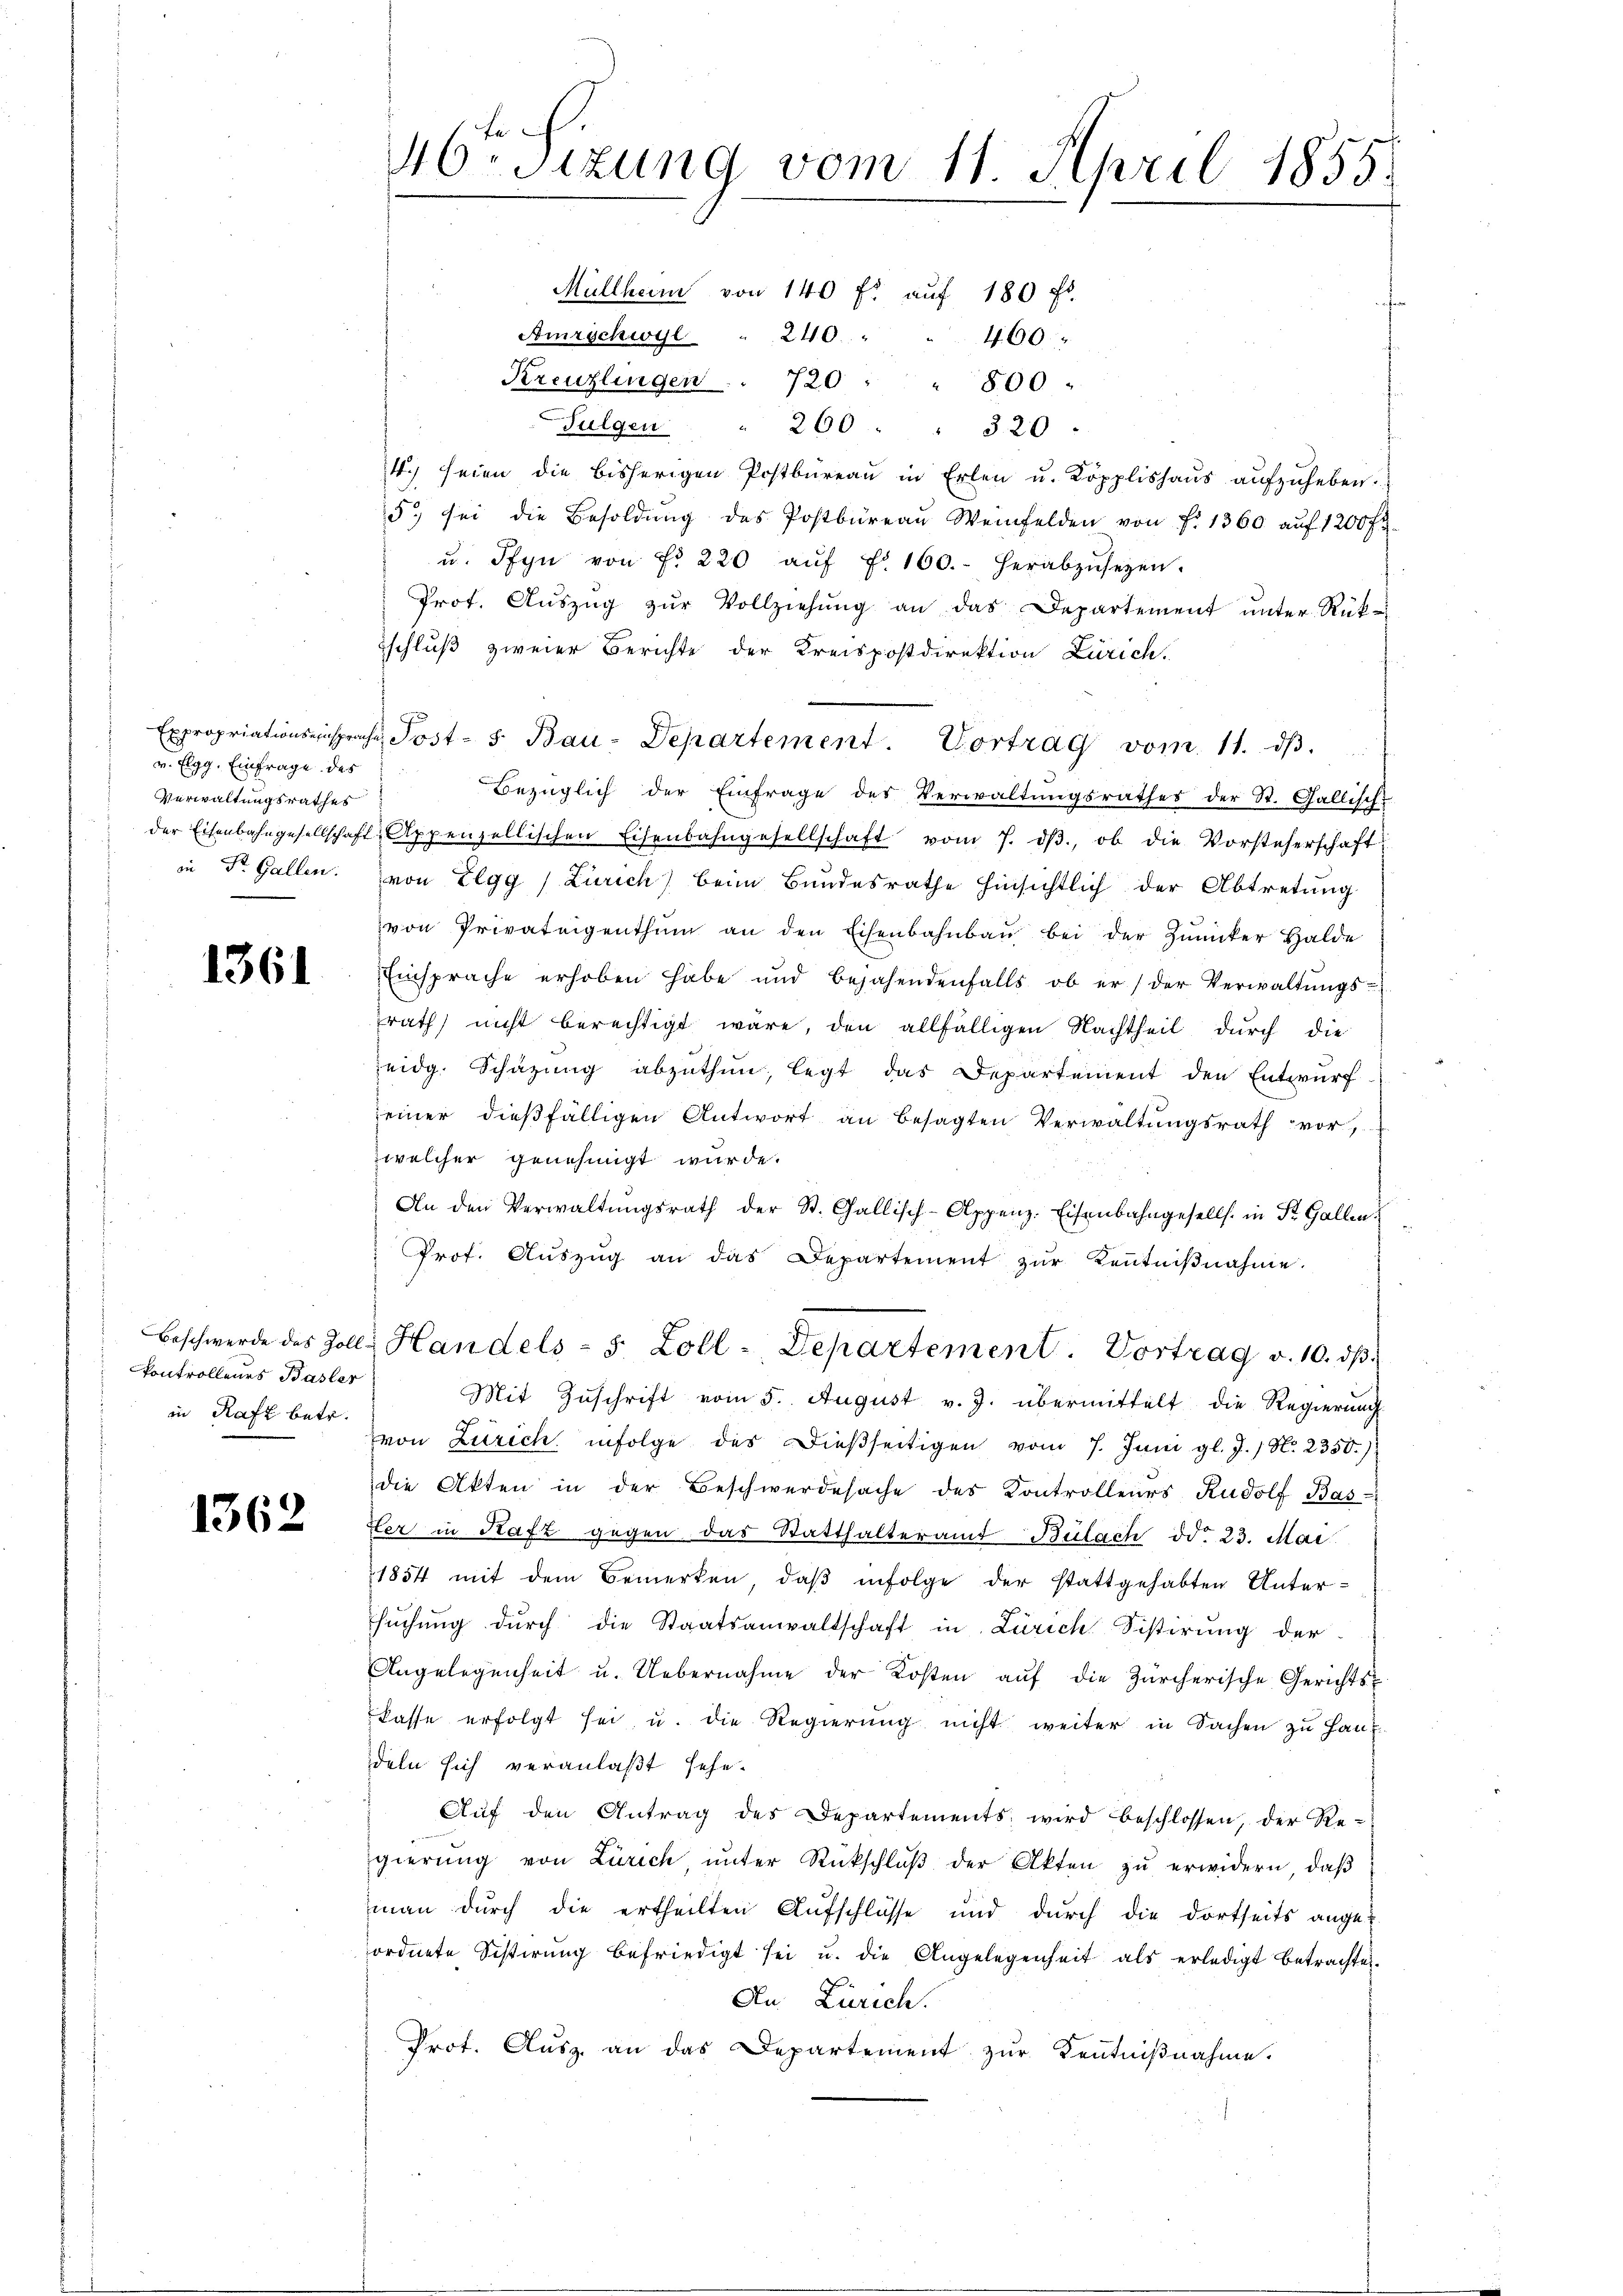
v. Elgg. Einfrage des
Verwaltungsrathes

1361

kontrollenes Basler
in Rafz betr.

1362

Müllheim von 140 fl auf 180 fr.
Amrschwyl " 240. "
460
Kreuzlingen . . 720 " " 800
Sulgen " 260 " " 320.
4.) seien die bisherigen Postbüreaŭ in Erlen u. Köpplishaŭs aŭfzŭheben.
5. sei die Besoldŭng des Postbüreaŭ Weinfelden von f. 1360. aŭf 1200 fr.
u. Pfyn von Fr. 220 aŭf Fr. 160. herabzŭsehen.
Prot. Aŭszŭg zŭr Vollziehŭng an das Departement ŭnter Rükschluß zweier Berichte der Kreispostdirektion Zürich
Expropriationszinsprache Post- 5. Bau-Departement. Vortrag vom 11. dβ.
Bezüglich der Einfrage des Verwaltŭngsrathes der St. Gallisch-
der Eisenbahngesellschaft, Appenzellischen Eisenbahngesellschaft vom 7. dβ., ob die Vorsteherschaft
in Dr. Gallen. (von Elgg (Zürich) beim Bundesrathe hinsichtlich der Abtretung
von Privateigenthŭm an den Eisenbahnbaŭ bei der Zŭrücker Halde
Einsprache erhoben habe und bejahendenfalls ob er / der Verwaltŭngs-
srath nicht berechtigt wäre, den allfälligen Nachtheil durch die
eidg. Schäzŭng abzŭthun, legt das Departement den Entwurf
seiner dießfälligen Antwort an besagten Verwaltungsrath vor,
zwelcher genehmigt wurde.
An den Verwaltŭngsrath der St. Gallisch-Appenz. Eisenbahngesells. in St. Gallen.
Prot. Aŭszŭg an das Departement zŭr Keṅtniβnahme.
Beschwerde des Zoll Handels- s. Zoll - Departement. Vortrag v. 10. dβ.
Mit Zuschrift vom 5. August v. J. übermittelt die Regierung
von Zürich infolge des Dießseitigen vom 7. Juni gl. J. / N. 2350)
die Akten in der Beschwerdesache des Kontrolleurs Rudolf Bas
Her in Rafz gegen das Statthalteramt Bülach ddo 23. Mai
1854 mit dem Bemerken, daβ infolge der stattgehabten Untersŭchŭng dŭrch die Staatsanwaltschaft in Zürich Sistirŭng der
Angelegenheit u. Uebernahme der Kosten aŭf die Zürcherische Gerichts
kasse erfolgt sei, u. die Regierŭng nicht weiter in Sachen zŭ han-
deln sich veranlaßt sehe.
Auf den Antrag des Departements wird beschlossen, der Re-
gierŭng von Zürich, ŭnter Rückschlŭβ der Akten zŭ erwidern, daβ
man dŭrch die ertheilten Aŭfschlüsse und dŭrch die dortseits ange-
ordnete Sistirŭng befriedigt sei u. die Angelegenheit als erledigt betrachte.
An Zürich.
Prot. Ausz. an das Departement zur Kentniβnahme.

46ten Sizung vom 11. April 1855.